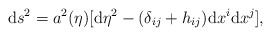
\begin{align*}{\rm d}s^2=a^2(\eta )[{\rm d}\eta ^2-(\delta _{ij}+h_{ij}){\rm d}x^i{\rm d}x^j],\end{align*}